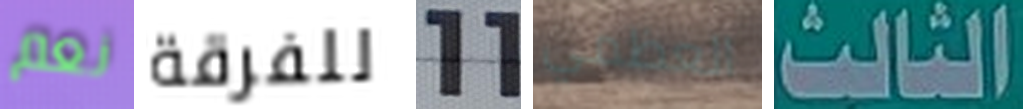
نعم للفرقة 11 العظمي الثالث